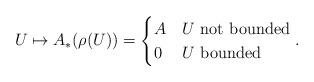
LaTeX: \begin{align*} U\mapsto A_\ast(\rho(U))=\begin{cases} A & U\mbox{ not bounded}\\ 0 & U\mbox{ bounded} \end{cases}.\end{align*}